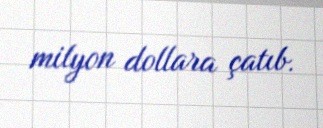
milyon dollara çatıb.